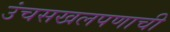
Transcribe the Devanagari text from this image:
उंचसखलपणाची